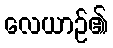
လေယာဉ်၏